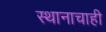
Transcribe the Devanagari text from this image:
स्थानाचाही